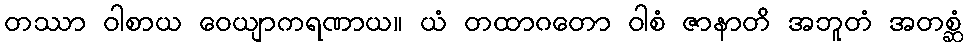
တဿာ ဝါစာယ ဝေယျာကရဏာယ။ ယံ တထာဂတော ဝါစံ ဇာနာတိ အဘူတံ အတစ္ဆံ